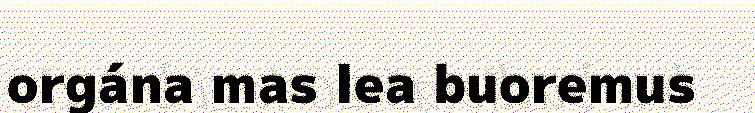
orgána mas lea buoremus